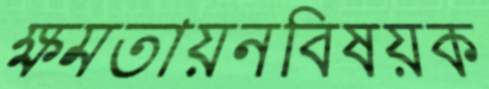
ক্ষমতায়নবিষয়ক